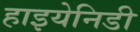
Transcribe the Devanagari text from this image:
हाइयेनिडी